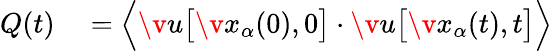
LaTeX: \begin{array}{rl}{Q(t)}&{{}=\Bigl\langle\v{u}\bigl[\v{x}_{\alpha}(0),0\bigr]\cdot\v{u}\bigl[\v{x}_{\alpha}(t),t\bigr]\Bigr\rangle}\end{array}